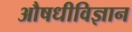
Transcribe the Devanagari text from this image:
औषधीविज्ञान